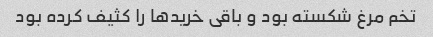
تخم مرغ شکسته بود و باقی خریدها را کثیف کرده بود